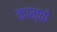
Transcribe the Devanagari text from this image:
काम्के